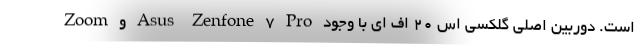
Zoom و Asus Zenfone 7 Pro است. دوربین اصلی گلکسی اس ۲۰ اف ای با وجود